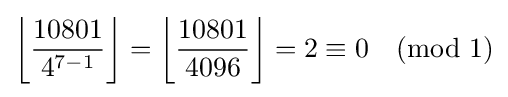
\left\lfloor {\frac {10801}{4^{7-1}}}\right\rfloor =\left\lfloor {\frac {10801}{4096}}\right\rfloor =2\equiv 0{\pmod {1}}